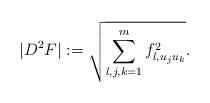
LaTeX: \begin{align*}|D^2F|:=\sqrt{\sum_{l,j,k=1}^m f^2_{l,u_j u_k}}.\end{align*}